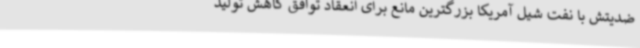
ضدیتش با نفت شیل آمریکا بزرگترین مانع برای انعقاد توافق کاهش تولید